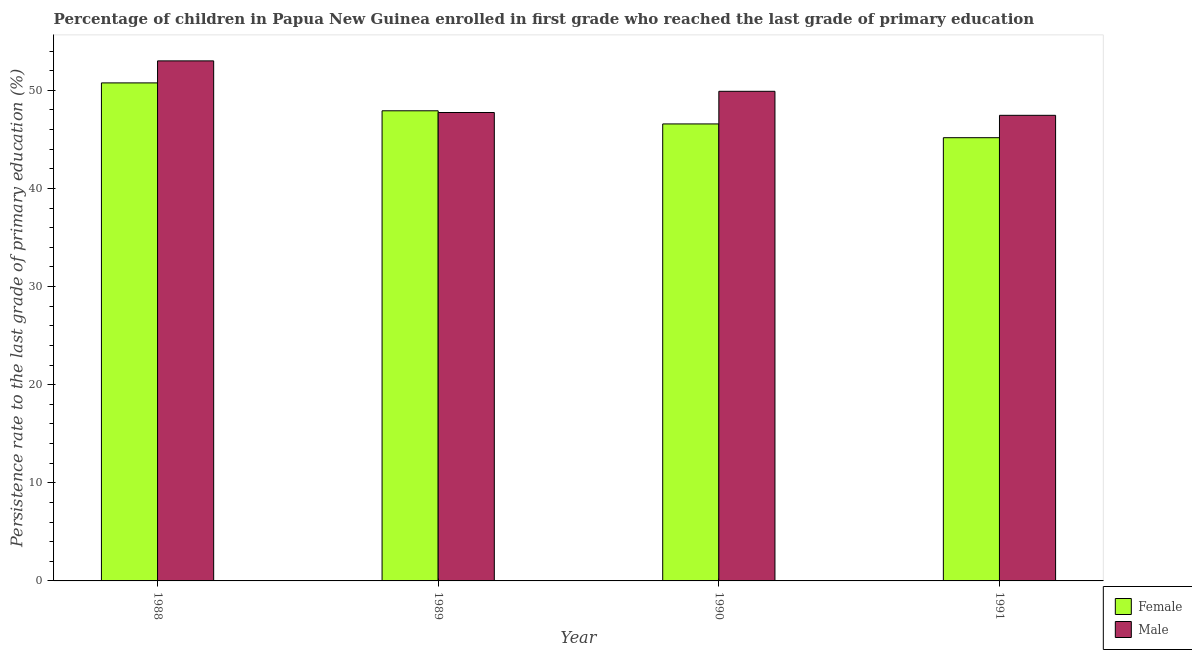
| Year | Female | Male |
 | --- | --- | --- |
 | 1988 | 50.8 | 53 |
 | 1989 | 47.9 | 47.7 |
 | 1990 | 46.6 | 49.9 |
 | 1991 | 45.2 | 47.5 |